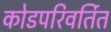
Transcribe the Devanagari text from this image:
कोडपरिवर्तित